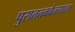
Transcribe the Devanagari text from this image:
पुरातत्त्ववेत्त्याला